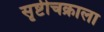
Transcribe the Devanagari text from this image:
सृष्टीचक्राला